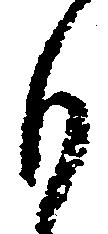
も